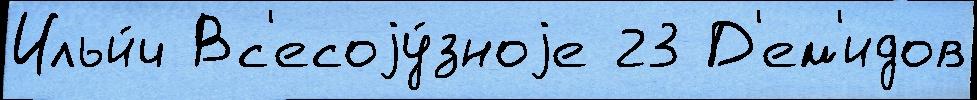
Ильи́ч Вс'есоjу́зноjе 23 Д'ем'идов